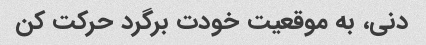
دنی، به موقعیت خودت برگرد حرکت کن